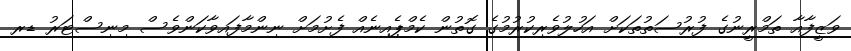
ވަޒީފާއާ ތަމްރީނުގެ ފުރުސަތުތަކަށް އަހުލުވެރިކުރުމުގެ ގޮތުން ކެމްޕެއިނެއް ފެށުމަށް ނިންމާފައިވާކަންވެސް މިނިސްޓަރު ޑރ